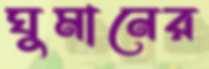
ঘুমানের